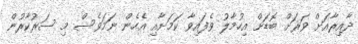
ދާއިރާއަށް ވަރަށް ބޮޑަށް އިހުމާލު ވެފައިވާ ކަމަށާއި އެހެން ނަމަވެސް މި ސަރުކާރުން